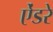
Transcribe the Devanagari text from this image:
ऐंडरे